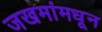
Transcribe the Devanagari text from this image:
जखमांमधून